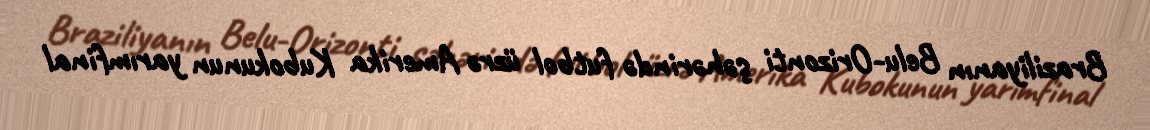
Braziliyanın Belu-Orizonti şəhərində futbol üzrə Amerika Kubokunun yarımfinal